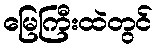
မြေကြီးထဲတွင်